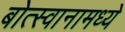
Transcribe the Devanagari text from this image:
बोत्स्वानामध्ये